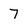
Character: 7